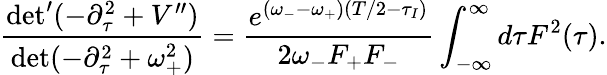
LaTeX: \frac{\operatorname*{det}^{\prime}(-\partial_{\tau}^{2}+V^{\prime\prime})}{\operatorname*{det}(-\partial_{\tau}^{2}+\omega_{+}^{2})}=\frac{e^{(\omega_{-}-\omega_{+})(T/2-\tau_{I})}}{2\omega_{-}F_{+}F_{-}}\int_{-\infty}^{\infty}d\tau F^{2}(\tau).